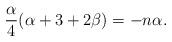
LaTeX: \begin{align*}\frac{\alpha}{4}(\alpha+3+2\beta)=-n\alpha.\end{align*}